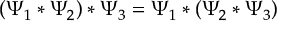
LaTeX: \left( \Psi _ { 1 } * \Psi _ { 2 } \right) * \Psi _ { 3 } = \Psi _ { 1 } * ( \Psi _ { 2 } * \Psi _ { 3 } )